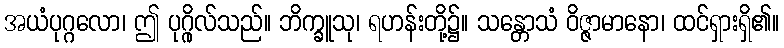
အယံပုဂ္ဂလော၊ ဤ ပုဂ္ဂိုလ်သည်။ ဘိက္ခူသု၊ ရဟန်းတို့၌။ သန္တောသံ ဝိဇ္ဇာမာနော၊ ထင်ရှားရှိ၏။